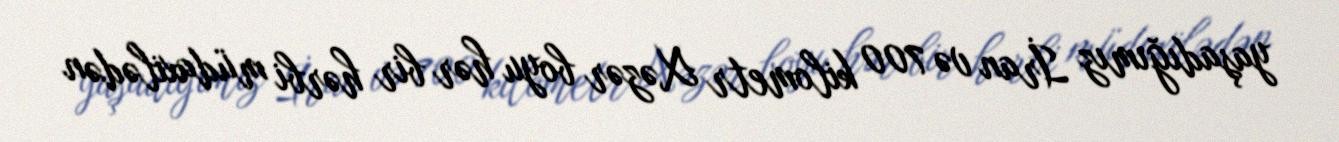
yaşadığımız İran və 700 kilometr Xəzər boyu hər bir hərbi müdaxilədən